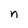
Character: n